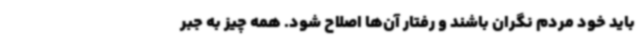
باید خود مردم نگران باشند و رفتار آن‌ها اصلاح شود. همه چیز به جبر